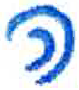
אות: ה